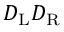
D _ { \mathrm { { L } } } D _ { \mathrm { { R } } }